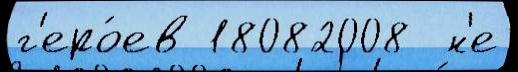
г'еро́ев 18082008  н'е